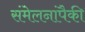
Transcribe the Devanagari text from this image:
संमेलनांपैकी